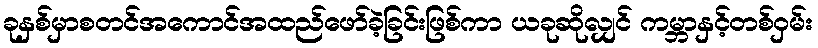
ခုနှစ်မှာစတင်အကောင်အထည်ဖော်ခဲ့ခြင်းဖြစ်ကာ ယခုဆိုလျှင် ကမ္ဘာနှင့်တစ်ဝှမ်း